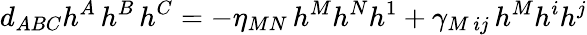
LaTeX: d_{ABC}h^{A}\, h^{B}\, h^{C}=-\eta_{MN}\, h^{M}h^{N}h^{1}+\gamma_{M\, ij}\, h^{M}h^{i}h^{j}